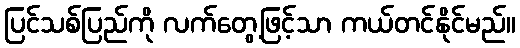
ပြင်သစ်ပြည်ကို လက်တွေ့ဖြင့်သာ ကယ်တင်နိုင်မည်။